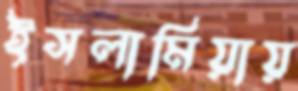
ইসলামিয়ায়